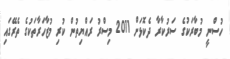
ހުސްނީ މުބާރަކުގެ ސަރުކާރާ ދެކޮޅަށް 2011 މިސްރު ރައްޔިތުން ކުރި މުޒާހަރާތަކުގެ ތެރޭގައި